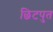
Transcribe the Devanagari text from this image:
छिटपुत